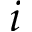
i